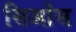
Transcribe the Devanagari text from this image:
सिओंस